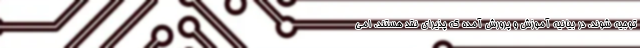
توجیه شوند. در بیانیه آموزش و پرورش آمده که پذیرای نقد هستند. امی